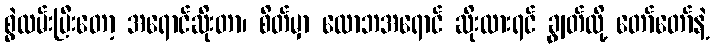
စွဲလမ်းပြီးတော့ အရောင်ဆိုးတာ၊ စိတ်မှာ လောဘအရောင် ဆိုးထားရင် ချွတ်လို့ တော်တော်နဲ့